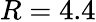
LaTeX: R=4.4